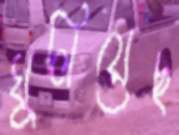
ঘুলিয়েছ